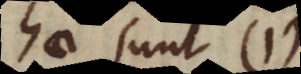
hae sunt 1)